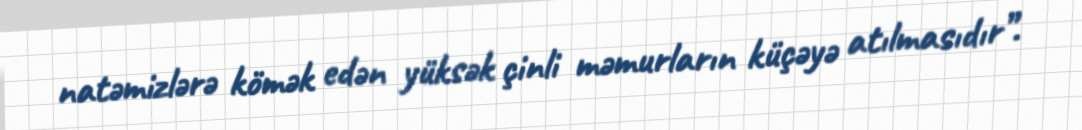
natəmizlərə kömək edən yüksək çinli məmurların küçəyə atılmasıdır”.